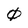
Character: 0